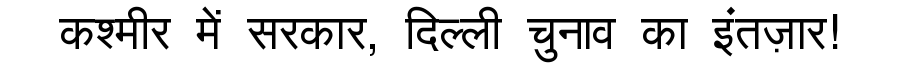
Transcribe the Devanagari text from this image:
कश्मीर में सरकार, दिल्ली चुनाव का इंतज़ार!